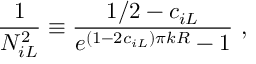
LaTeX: \frac { 1 } { N _ { i L } ^ { 2 } } \equiv \frac { 1 / 2 - c _ { i L } } { e ^ { ( 1 - 2 c _ { i L } ) \pi k R } - 1 } ~ ,